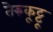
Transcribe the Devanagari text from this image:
तेरुकूट्टू